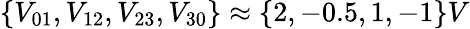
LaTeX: \{ V_{01},V_{12},V_{23},V_{30}\} \approx\{ 2,-0.5,1,-1\} V